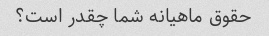
حقوق ماهیانه شما چقدر است؟